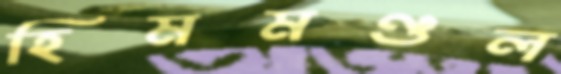
হিমমণ্ডল